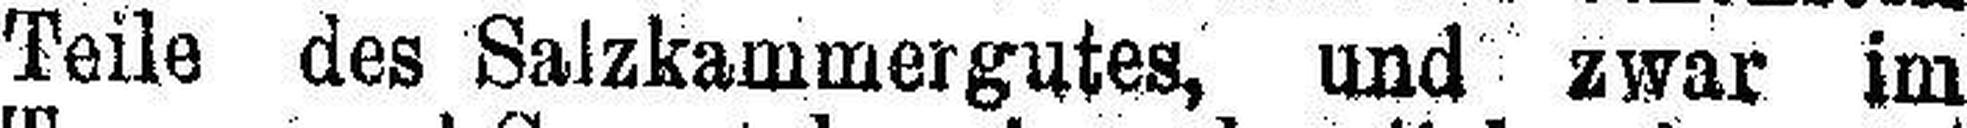
Teile des Salzkammergutes, und zwar im